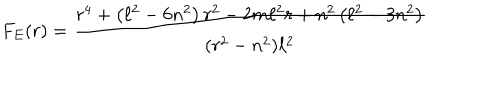
LaTeX: F _ { E } ( r ) = \frac { r ^ { 4 } + \left( \ell ^ { 2 } - 6 n ^ { 2 } \right) r ^ { 2 } - 2 m \ell ^ { 2 } r + n ^ { 2 } \left( \ell ^ { 2 } - 3 n ^ { 2 } \right) } { ( r ^ { 2 } - n ^ { 2 } ) \ell ^ { 2 } }